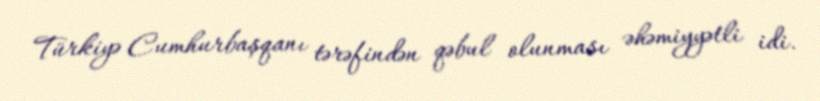
Türkiyə Cumhurbaşqanı tərəfindən qəbul olunması əhəmiyyətli idi.